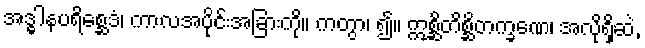
အဒ္ဓါနပရိစ္ဆေဒံ၊ ကာလအပိုင်းအခြားကို။ ကတွာ၊ ၍။ ဣစ္ဆိတိစ္ဆိတက္ခဏေ၊ အလိုရှိဆဲ,